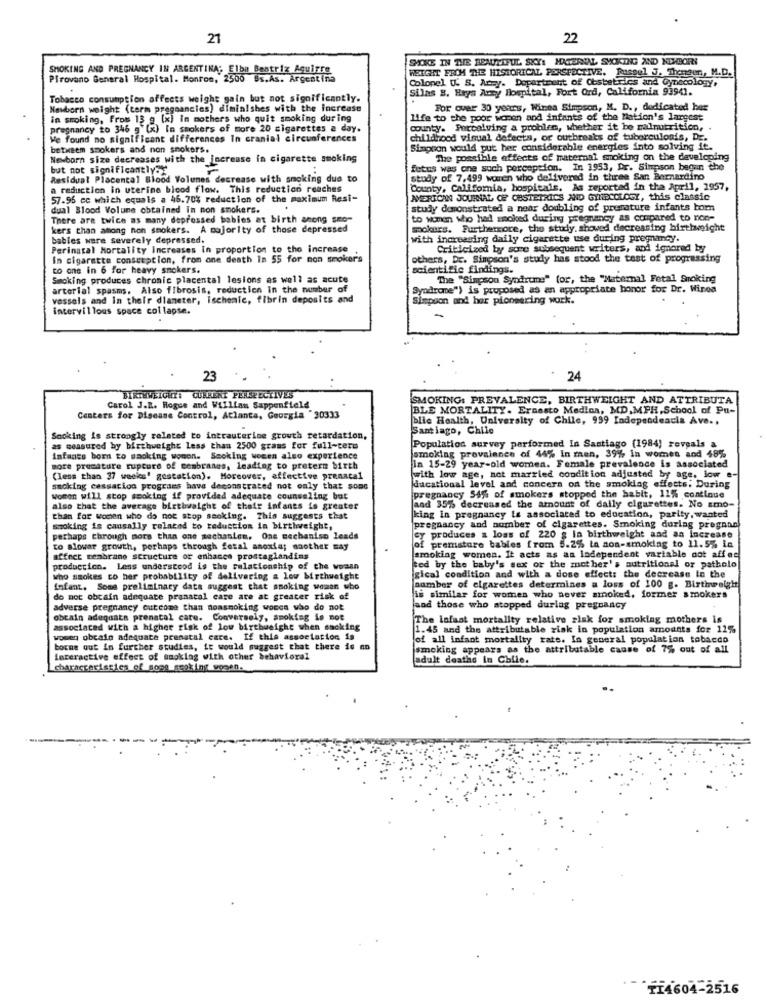
21
22
SOKE IN THE BEAUTIFUL SKY: MATERIAL SVCKING AND NEWBORN
SMOKING AND PREGNANCY IN ARGENTINA; Elba Beatriz Aguirre
WEIGHT FROM THE HISTORICAL PERSPECTIVE. Russel J. Themeun, M.D.
Pirovano General Hospital. Monroe, 230
Us.As. Argentina
Colopel U. S. Amy. Department of Obstetrics and Gynecology,
Silas B. Hays Aray Hospital, Fort Ord, California 93941.
Tobacco consumption affects weight gain but not significantly.
Newborn weight (term pregnancies) diminishes with the increase
For over 30 years, Winea Simpson, M. D ., dedicated her
in smoking, From 13 g [x] in mothers who quit smoking during
life to the poor women and infants of the Nation's largest
pregnancy to 346 g (x) In smokers of more 20 cigarettes a day.
county. Percalving a problem, whether it be malnutrition, .
We found no significant differences In cranial circunferences
childhood visual defects, or outbreaks of tuberculosis, DE.
between smokers and non smokers.
Simpson would put her considerable energies into solving it.
Newborn size decreases with the increase in cigarette smoking
The possible effects of maternal smoking on the developing
but not significantly.
fetus was one such porception. In 1953, Dr. Simpson begun the
Residual Placental Blood Volumes decrease with smoking due to
y of 7,499 women who delivered in three San Bernardino
a reduction in uterine blood flow. This reduction reaches
7. California, hospitals. As reported in the April, 1957,
57.96 cc which equals a 46.70% reduction of the maximum Rest-
AMERICAN JOURNAL OF OBSTETRICS AND GYNECOLOGY, this classic
dual Blood Volume obtained In non smokers.
study demonstrated a near doubling of premature infants bom
There are twice as many depressed babies at birth among seo-
to women who had smoked during pregnancy as compared to non-
kers than among non smokers. A majority of those depressed
mokers. Furthermore, the study. showed decreasing birthweight
bables were severely depressed.
with increasing daily cigarette use during pregnancy.
Perinatal Mortality Increases in proportion to the increase
Criticized by some subsequent writers, and ignored by
In cigarette consetption, from one death In 55 for non smokers
others, Dr. Simpson's stuly has stood the test of progressing
to one in 6 for heavy smokers.
scientific findings.
Smoking produces chronic placental lesions as well as acute
The "Simpson Syndrums" (or, the "Maternal Fetal Smoking
arterial spasms. Also fibrosis, reduction in the number of
Syndrome") is proposed as an appropriate honor for Dr. Winea
vessels and In their diameter, ischeale, fibrin deposits and
Simpson and her pioneering work.
intervillous space collapse.
23
24
BIRTHWEIGHT: CURRENT PERSPECTIVES
SMOKING: PREVALENCE, BIRTHWEIGHT AND ATTRIBUTA
Carol J.R. Rogue and William Sappenfield
BLE MORTALITY. Ernesto Medica, MD.MPH,School of Pu-
Centers for Disease Control, Atlanta, Georgia "30333
blie Health, University of Chile, 999 Independencia Ave ..
Santiago, Chile
Smoking is strongly related to intrauterine growth retardation,
as measured by birthweight less than 2500 grams for full-tere
Population survey parformed In Santiago (1984) reveals a
infants born to sacking women. Smoking women also experience
smoking provalance of 44% In men, 39% In womes and 48%
more premature rupture of cembranos, leading to preterm birth
in 15-29 year-old women. Female prevalence is associated
(less than 37 weeks" gestation). Moreover, effective prenatal
with low age, not married condition adjusted by age. low e-
smoking cessation programs have demonstrated not only that some
ducational level and concera on the amoklag effectts; During
women will stop smoking if provided adequate counseling but
pregnancy 54% of smokers stopped the habit, 11% continue
also that the average birthweight of their infants is greater
and 35% decreased the amount of daily cigarettes. No smo-
than for women who do not stop smoking. This suggests that
king in pregnancy is associated to education, parity, wanted
smoking is cansally related to reduction in birthweight,
pregnancy and number of cigarettes. Smoking durlag pregnan
perhaps through more than one mechanien. One mechanism leads
y produces a loss of 220 g la birthweight and an increase
to alowar growth, perhaps through fetal anoxia; naother may
of premature bables from 5.2% la non-smoking to 11.5% in
affect membrane structure of enhance prostaglandins
smoking women. It acts as an ladependent variable oot affec
production. Less understood is the relationship of the woman
ted by the baby's sex or the mother's nutritional or patholo
who smokes to her probability of delivering & low birthweight
gical condition and with a dose effect: the decrease in the
infant, Soma preliminary data suggest that smoking woman who
number of elgarettes determines a loss of 100 g. Birtheeight
do not obcain adequate prenatal care are at greater risk of
is similar for women who never smoked, former smokers
adverse pregnancy outcome than nonsmoking wocca who do not
and those who stopped during pregnancy
obtain adeguata prenatal care. Conversely, amoktag is not
The lafsat mortality relative risk for smoking mothers is
associated with a higher risk of low birthweight when sacking
1.45 and the attributable risk in population amounts for 11%
wowen obcaio adequate prenatal care. If this association is
of all infant mortality rate. In general population tobacco
borne out in further studies, it would suggest that there is an
smoking appears as the attributable cause of 7% out of all
interactive effect of smoking with other behavioral
adult deathe in Chile.
characteristics of some smoking wogen.
FF4604-2516